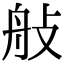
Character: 𦨗